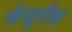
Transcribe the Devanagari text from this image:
जेजूरीस